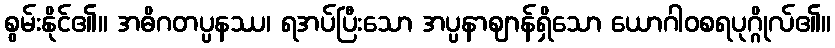
စွမ်းနိုင်၏။ အဓိဂတပ္ပနဿ၊ ရအပ်ပြီးသော အပ္ပနာဈာန်ရှိသော ယောဂါဝစရပုဂ္ဂိုလ်၏။